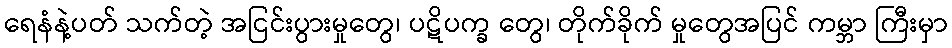
ရေနံနဲ့ပတ် သက်တဲ့ အငြင်းပွားမှုတွေ၊ ပဋိပက္ခ တွေ၊ တိုက်ခိုက် မှုတွေအပြင် ကမ္ဘာ ကြီးမှာ